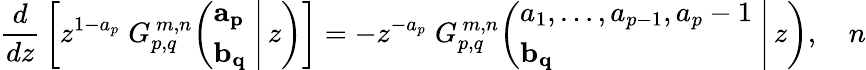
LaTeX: {\frac{d}{dz}}\left[z^{1-a_{p}}\; G_{p,q}^{\, m,n}\! \left(\left.{\begin{array}{l}{\mathbf{a_{p}}}\\ {\mathbf{b_{q}}}\end{array}}\; \right|\, z\right)\right]=-z^{-a_{p}}\; G_{p,q}^{\, m,n}\! \left(\left.{\begin{array}{l}{a_{1},\dots,a_{p-1},a_{p}-1}\\ {\mathbf{b_{q}}}\end{array}}\; \right|\, z\right),\quad n